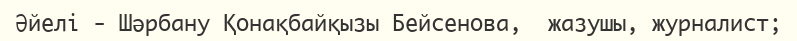
Әйелі - Шәрбану Қонақбайқызы Бейсенова,  жазушы, журналист;